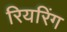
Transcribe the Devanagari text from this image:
रियरिंग